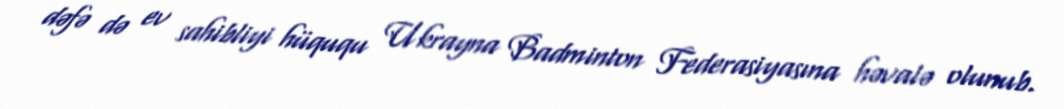
dəfə də ev sahibliyi hüququ Ukrayna Badminton Federasiyasına həvalə olunub.